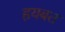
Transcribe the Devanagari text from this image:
हयबत